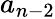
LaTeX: a_{n-2}